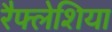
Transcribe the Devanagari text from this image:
रैफ्लेशिया